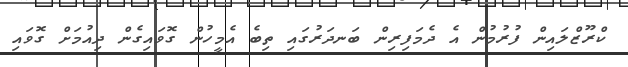
ކްރޫޒްލައިން ފުރުމުން އެ ދެމަފިރިން ބަނދަރުގައި ތިބެ އެމީހުން ގޮވައިގެން ދިއުމަށް ގޮވައި